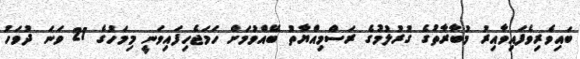
ބައިވެރިވެފައިވާއިރު މުބާރާތުގެ ގުރުލުމުގެ ރަސްމިއްޔާތު ބޭއްވުމަށް ހަމަޖެހިފައިވަނީ މިމަހުގެ 21 ވަނަ ދުވަހު